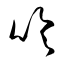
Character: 吹